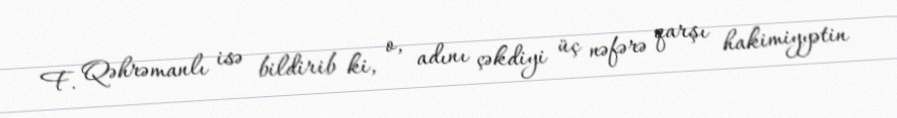
F. Qəhrəmanlı isə bildirib ki, o, adını çəkdiyi üç nəfərə qarşı hakimiyyətin